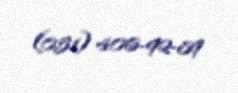
(051) 406-92-89